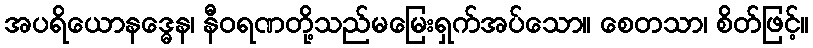
အပရိယောနဒ္ဓေန၊ နီဝရဏတို့သည်မမြေးရှက်အပ်သော။ စေတသာ၊ စိတ်ဖြင့်။